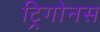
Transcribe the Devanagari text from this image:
ट्रिगोनस